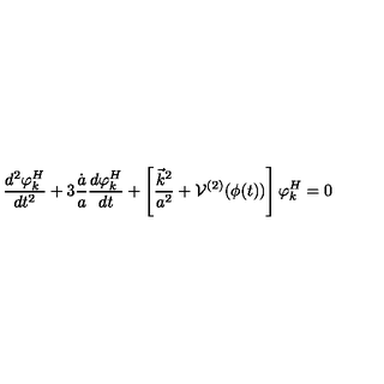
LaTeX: \frac { d ^ { 2 } \varphi _ { k } ^ { H } } { d t ^ { 2 } } + 3 \frac { \dot { a } } { a } \frac { d \varphi _ { k } ^ { H } } { d t } + \left[ \frac { \vec { k } ^ { 2 } } { a ^ { 2 } } + { \cal { V } } ^ { ( 2 ) } ( \phi ( t ) ) \right] \varphi _ { k } ^ { H } = 0